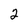
Character: 2